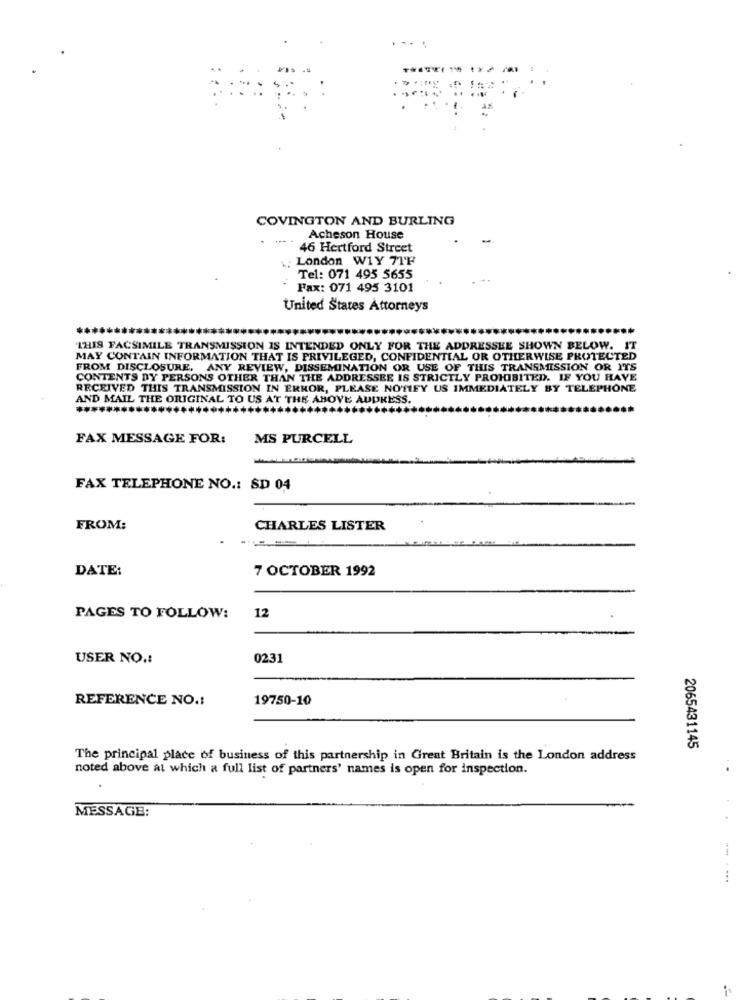
....
COVINGTON AND BURLING
-* -
Acheson House
46 Hertford Street
London W1Y 71F
Tel: 071 495 5655
Fax: 071 495 3101
United States Attorneys
THIS FACSIMILE TRANSMISSION IS INTENDED ONLY FOR THE ADDRESSEE SHOWN BELOW. IT
MAY CONTAIN INFORMATION THAT IS PRIVILEGED, CONFIDENTIAL OR OTHERWISE PROTECTED
FROM DISCLOSURE, ANY REVIEW, DISSEMINATION OR USE OF THIS TRANSMISSION OR ITS
CONTENTS DY PERSONS OTHER THAN THE ADDRESSEE IS STRICTLY PROHIBITED. IF YOU HAVE
RECEIVED THIS TRANSMISSION IN ERROR, PLEASE NOTIFY US IMMEDIATELY BY TELEPHONE
AND MAIL THE ORIGINAL TO US AT THE ABOVE AUDKESS.
FAX MESSAGE FOR:
MS PURCELL
FAX TELEPHONE NO .: SD 04
FROM:
CHARLES LISTER
DATE:
7 OCTOBER 1992
12
PAGES TO FOLLOW:
USER NO .:
0231
REFERENCE NO .:
19750-10
2065431145
The principal place of business of this partnership in Great Britain is the London address
noted above at which a full list of partners' names is open for inspection.
MESSAGE:
...